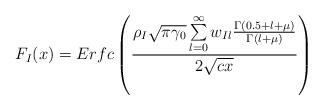
LaTeX: \begin{align*} F_I(x)= Erfc \left(\frac{\rho_I \sqrt{\pi \gamma_0} \sum\limits_{l=0}^{\infty} w_{Il} \frac{ \Gamma(0.5+l+\mu)}{\Gamma(l+\mu)} }{2 \sqrt{cx}} \right) \end{align*}